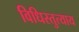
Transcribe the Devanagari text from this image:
विधिस्तुत्याय